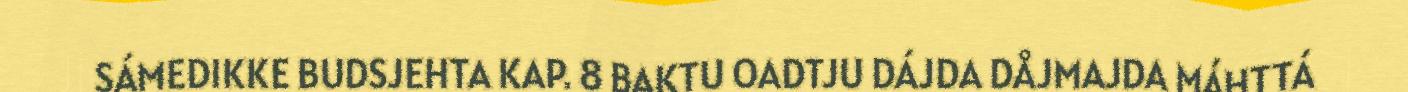
SÁMEDIKKE BUDSJEHTA KAP. 8 BAKTU OADTJU DÁJDA DÅJMAJDA MÁHTTÁ